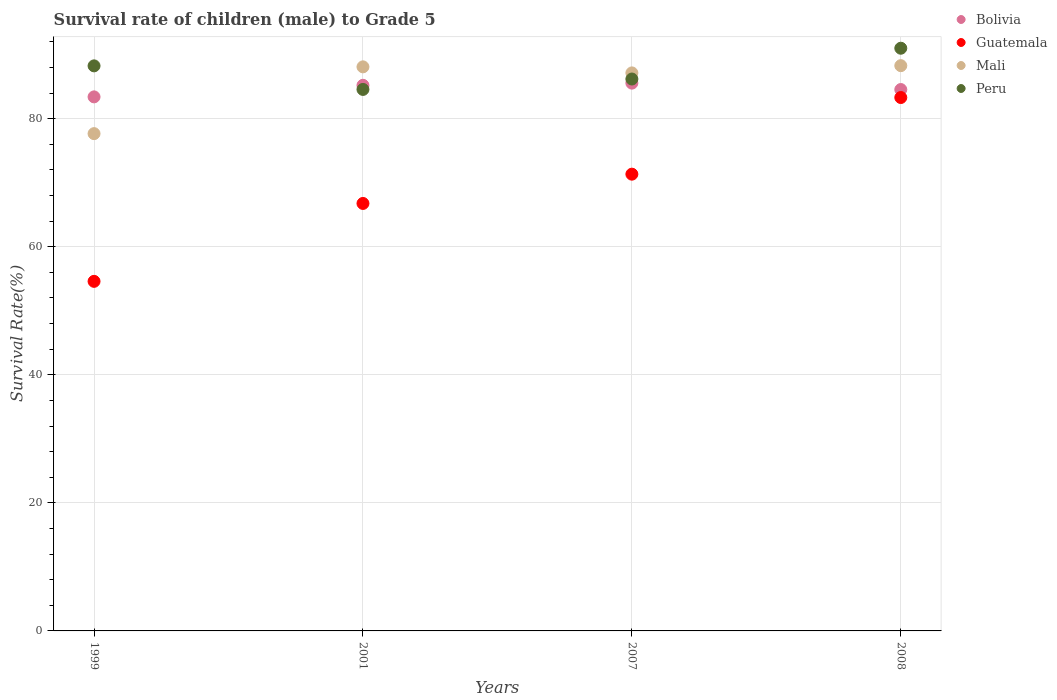
| Years | Bolivia | Guatemala | Mali | Peru |
 | --- | --- | --- | --- | --- |
 | 1999 | 83.4 | 54.6 | 77.7 | 88.2 |
 | 2001 | 85.2 | 66.8 | 88.1 | 84.6 |
 | 2007 | 85.6 | 71.3 | 87.1 | 86.2 |
 | 2008 | 84.5 | 83.3 | 88.3 | 91 |